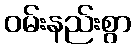
ဝမ်းနည်းစွာ